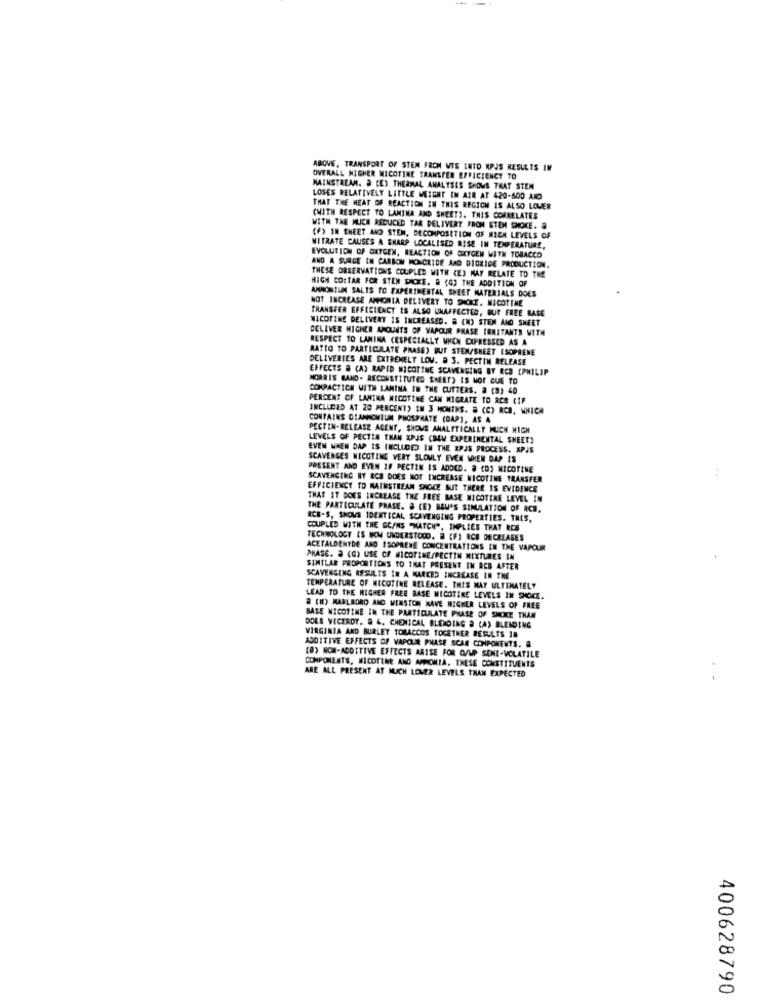
ABOVE, TRANSPORT OF STEM FROM WIS INTO MPJS RESULTS IN
OVERALL HIGHER NICOTINE TRANSFER EFFICIENCY TO
MAINSTREAM. A CE) THERMAL ANALYSES SHOWS THAT STEM
LOSES RELATIVELY LITTLE WEIGHT IN AIR AT 420-500 AID
THAT THE HEAT OF REACTION IN THIS REGION IS ALSO LOUER
(WITH RESPECT TO LANINA AND SHEET). THIS CORRELATES
WITH THE MUCH REDUCED TAR DELIVERY FROM STEM SMOKE.
(F) IN SHEET AND STEM, DECOMPOSITION OF HIGH LEVELS OF
NITRATE CAUSES A SHARP LOCALISED RISE IN TEMPERATURE,
EVOLUTION OF OXYGEN, REACTION OF OXYGEN WITH TOBACCO
AND A SURGE IN CARBON MONCKIDE AND DIOKIDE PRODUCTION
THESE OBSERVATIONS COUPLED WITH (E) MAY RELATE TO THE
HIGH CO:TAR FOR STEM DICKE. A (G) THE ADDITION OF
AMMONIUM SALTS TO EXPERIMENTAL SHEET MATERIALS DOES
NOT INCREASE AMMONIA DELIVERY TO SHOKE. NICOTINE
TRANSFER EFFICIENCY IS ALSO UNAFFECTED, BUR FREE BASE
NICOTINE DELIVERY IS INCREASED. & (N) STEM AND SHEET
DELIVER HIGHER AMOUNTS OF VAPOUR PHASE IRRITANTS WITH
RESPECT TO LAMINA (ESPECIALLY WHEN CUPRESSED AS A
RATIO TO PARTICULATE PRASE) BUF STEN/SHEET ISOPRENE
DELIVERIES ARE EXTREMELY LOW. a 3. PECTIN RELEASE
EFFECTS & (A) RAPID NICOTINE SCAVENGING BY RCB (PHILIP
MORRIS BAND. RECONSTITUTED SHEET) IS MOE GUE TO
COMPACTION WITH LAMINA IN THE CUTTERS. 2 (83 40
PERCENT OF LANINA NICOTINE CAN MIGRATE TO ACS CIF
INCLUDED AT 20 PERCENT) EM 3 MONTHS. & (C) RCB, WHICH
CONTAINS OLANNOMIUM PHOSPHATE (OAP), AS A
PECTIN-RELEASE AGENT, SHOWS ANALYTICALLY MUCH HIGH
LEVELS OF PECTIN THAN XPJS (BEW EXPERIMENTAL SHEET)
EVEN WHEN DAP IS INCLUDED IN THE IPJS PROCESS. XPJS
SCAVENGES NICOTINE VERY SLOWLY EVEN WHEN DAP IS
PRESENT AND EVEN IF PECTIN IS ADOCD. @ (D) NICOTINE
-.
SCAVENGING NY RCA DOES NOT INCREASE NICOTINE TRANSFER
EFFICIENCY TO MAINSTREAM SHOCE SUT THERE IS EVIDENCE
THAT IT DOES INCREASE THE FREE BASE NICOTINE LEVEL IN
THE PARTICULATE PRASE. 3 (E) BLU'S SIMULATION OF RCE.
RCB-S, SHOWS IDENTICAL SCAVENGING PROPERTIES. THIS.
COUPLED WITH THE GC/MS "MATCH", IMPLIES THAT RCB
TECHNOLOGY (S NOM UNDERSTOOD. R (F) RCS DECREASES
ACETALDENTDE AND ISOPRENE CONCENTRATIONS IN THE VAPOUR
PHASE. 3 (G) USE OF NICOTINE/PECTIN MIXTURES IN
SIMILAR PROPORTIONS TO THAT PRESENT IN ACB AFTER
SCAVENGING RESULTS IN A MARKED INCREASE IN THE
TEMPERATURE OF NICOTINE RELEASE. THIS MAY ULTIMATELY
LEAD TO THE HIGHER FREE BASE NICOTINE LEVELS IN SMOKE.
# [H) MARLBORO ANC WINSTON HAVE HIGHER LEVELS OF FREE
BASE NICOTINE IN THE PARTICULATE PHASE OF SMOKE THAN
DOES VICEROY. # 4. CHEMICAL BLENDING & (A) BLENDING
VIRGINIA AND BURLEY TOBACCOS TOGETHER RESULTS IN
ADDITIVE EFFECTS OF VAPOUN PHASE SCAN CONPONENTS. A
COMPONENTS, NICOTINE AND APPOMIA. THESE CONSTITUENTS
[B) NOW-ADDITIVE EFFECTS ARISE FOR OUUP SENE-VOLATILE
ARE ALL PRESENT AT MUCH LOWER LEVELS THAN EXPECTED
400628790